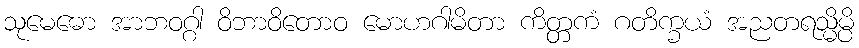
သုမေဓော အာဘဝဂ္ဂါ ဝိဘာဝိတောဝ မောဟဂါမိတာ ကိတ္တကံ ဂတိက္ခယံ အညတရသ္မိမ္ပိ